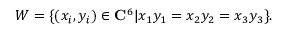
{ \cal W } = \{ ( x _ { i } , y _ { i } ) \in { \bf C } ^ { 6 } | x _ { 1 } y _ { 1 } = x _ { 2 } y _ { 2 } = x _ { 3 } y _ { 3 } \} .